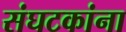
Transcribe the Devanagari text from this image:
संघटकांना